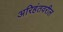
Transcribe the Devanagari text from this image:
अरिहंतवरील